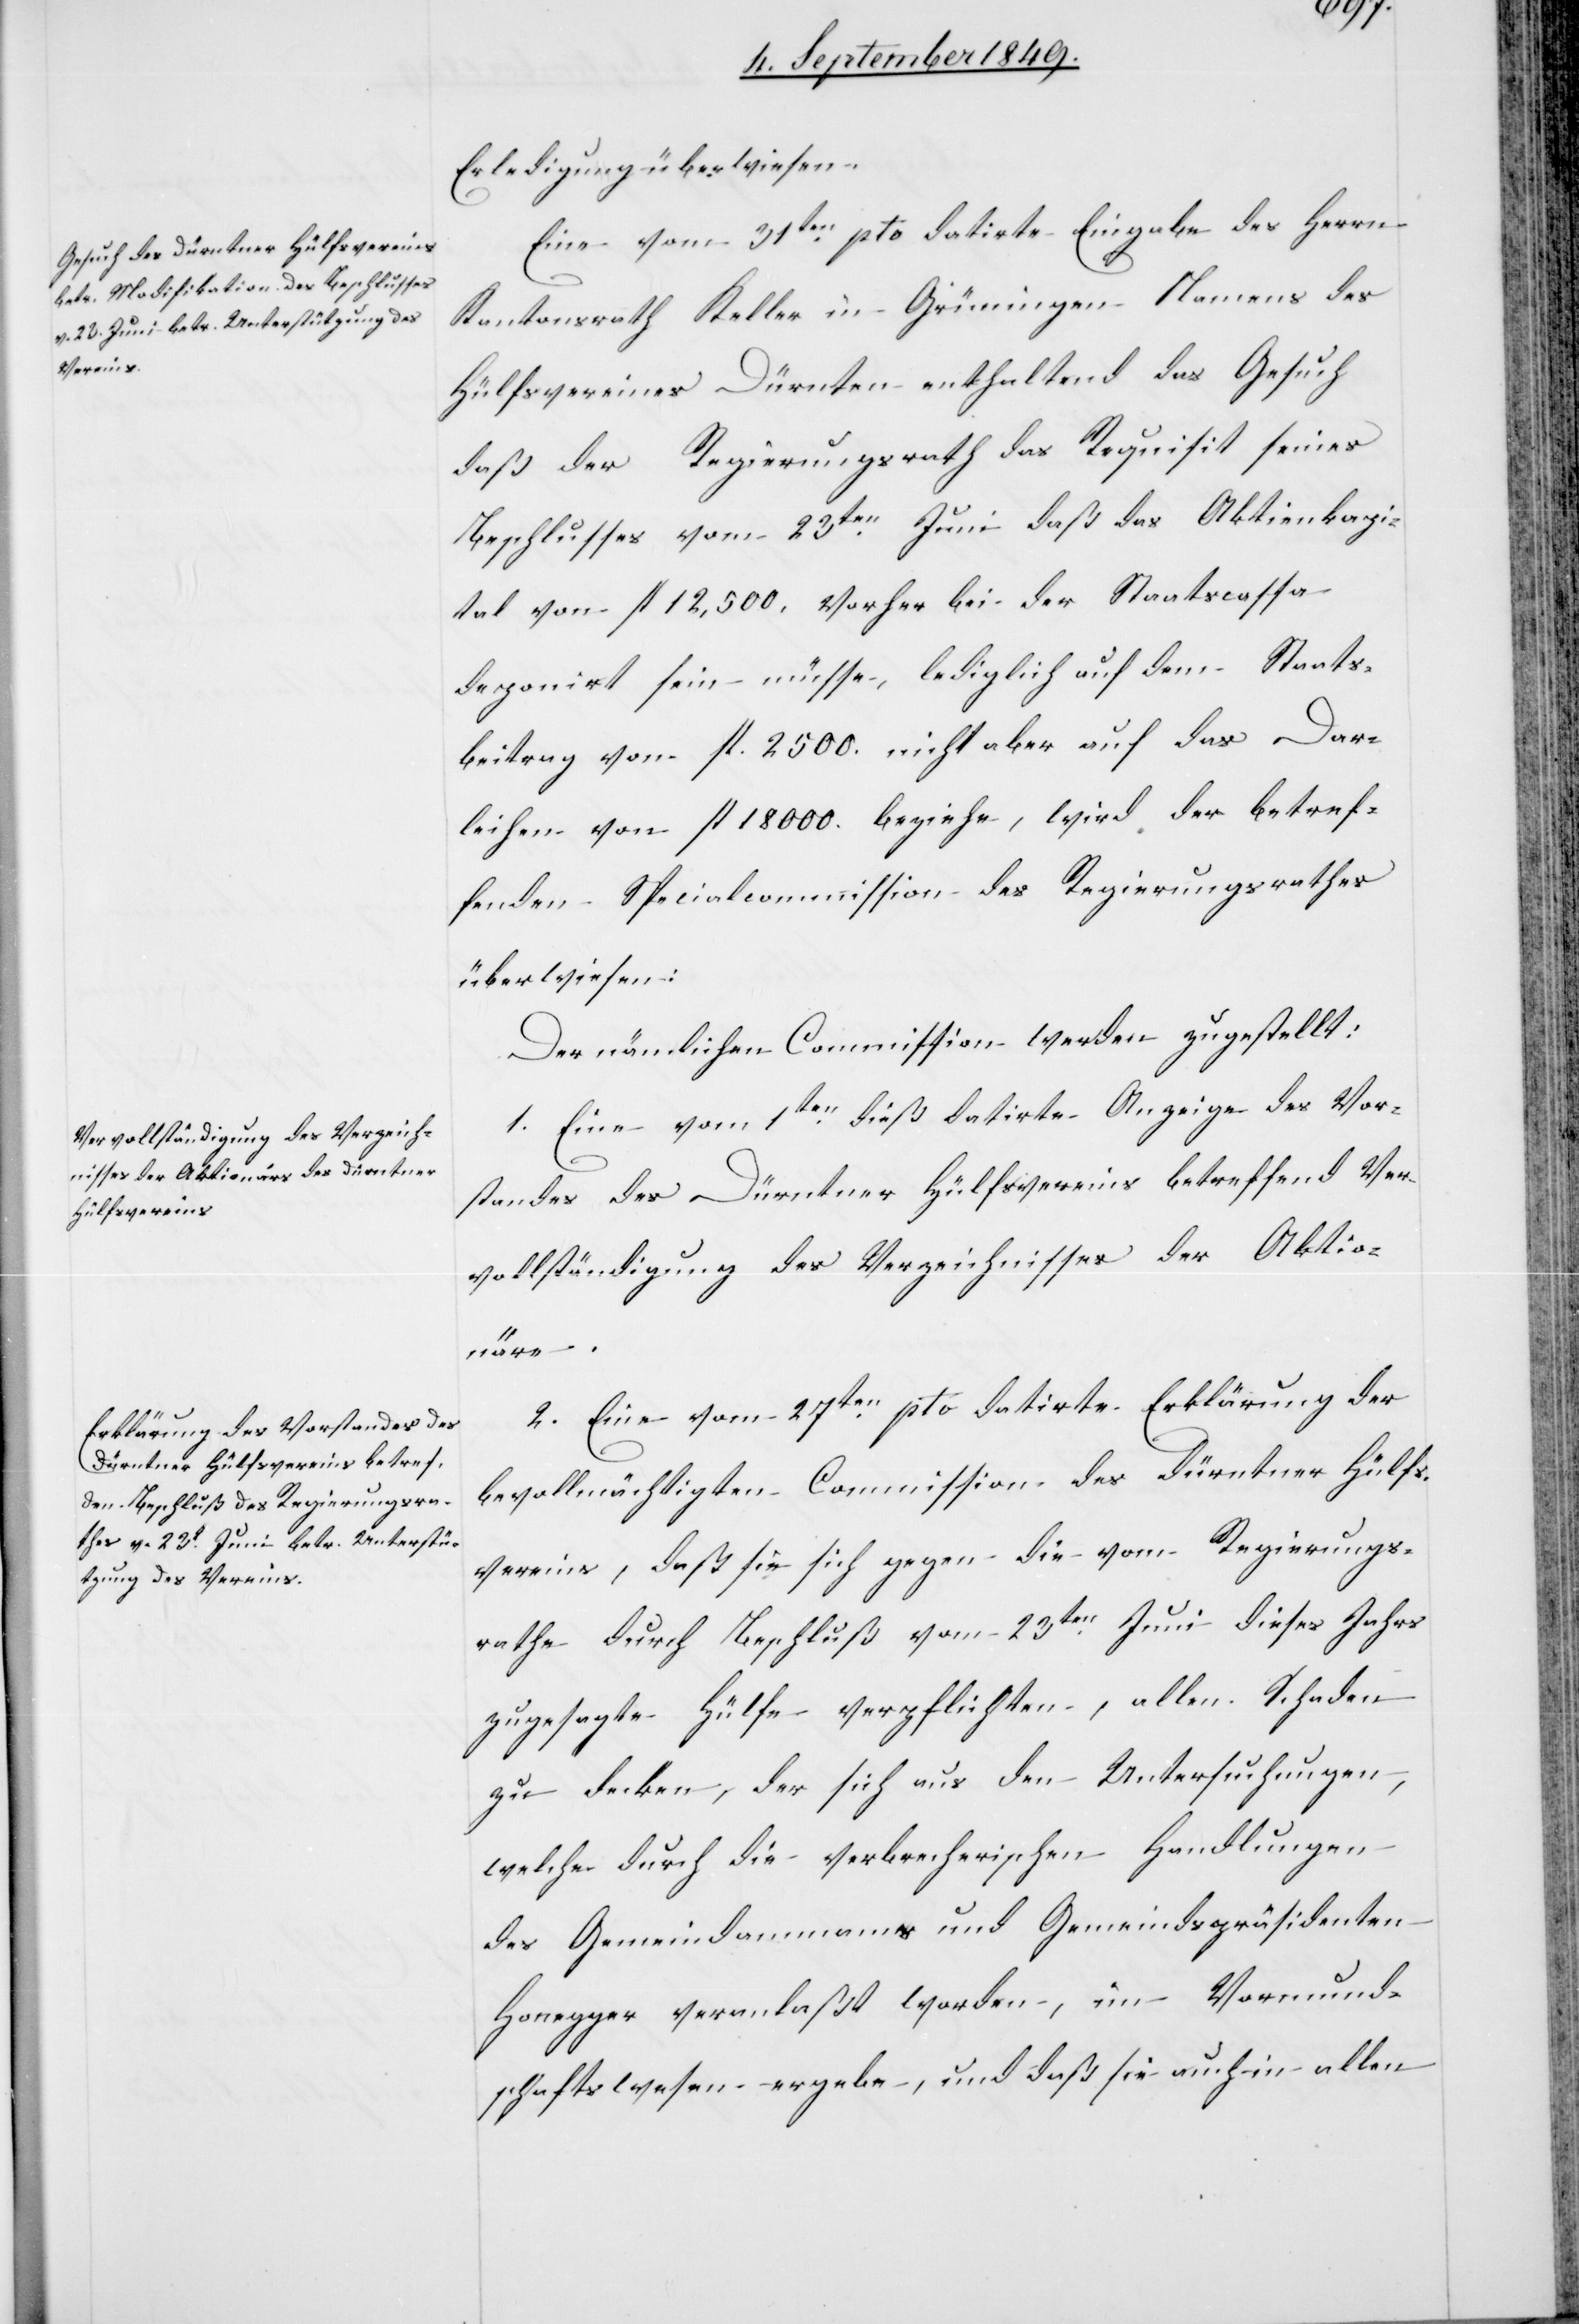
Erledigung überwiesen.
Eine vom 31ten pto datirte Eingabe des Herrn
Kantonsrath Keller in Grüningen Namens des
Hülfsvereines Dürnten enthaltend das Gesuch
daß der Regierungsrath das Requisit seines
Beschlusses vom 23ten Juni daß das Aktienkapi¬
tal vom fl. 12,500. vorher bei der Staatscassa
deponirt sein müsse, lediglich auf dem Staats¬
beitrag vom fl. 2500. nicht aber auf das Dar¬
leihen vom fl. 18 000. beziehe, wird der betref¬
fenden Specialcommission des Regierungsrathes
überwiesen:
Der nämlichen Commission werden zugestellt:
1. Eine vom 1ten dieß datirte Anzeige des Vor¬
standes des Dürntner Hülfsvereins betreffend Ver¬
vollständigung des Verzeichnisses der Aktio¬
näre.
2. Eine vom 27ten pto datirte Erklärung der
bevollmächtigten Commission des Dürntner Hülfs¬
vereins, daß sie sich gegen die vom Regierungs¬
rathe durch Beschluß vom 23ten Juni dieses Jahrs
zugesagte Hülfe verpflichten, allen Schaden
zu decken, der sich aus den Untersuchungen,
welche durch die verbrecherischen Handlungen
des Gemeindammanns und Gemeindspräsidenten
Honegger veranlaßt worden, im Vormund¬
schaftswesen ergebe, und daß sie auch in allen